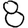
Digit: 8